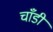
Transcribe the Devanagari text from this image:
चाँडी